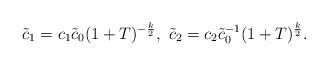
LaTeX: \begin{align*}\tilde{c}_1=c_1\tilde{c}_0 (1+T)^{-\frac k2},\,\,\tilde{c}_2=c_2\tilde{c}^{-1}_0 (1+T)^{\frac k2}.\end{align*}